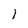
Character: 1